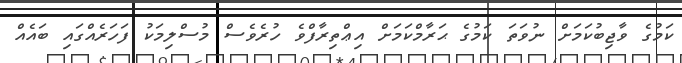
ކަމުގެ ވާޖިބުކަމަށް ނުވަތަ ކަމުގެ ޙަރާމްކަމަށް އިޢްތިރާފްވެ ހުރެވެސް މުސްލިމަކު ފަހަރެއްގައި ބައެއް